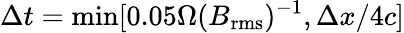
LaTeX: \Delta t=\mathrm{min}[0.05\Omega(B_{\mathrm{rms}})^{-1},\Delta x/4c]